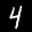
Label: 4